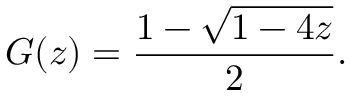
G ( z ) = { \frac { 1 - { \sqrt { 1 - 4 z } } } { 2 } } .